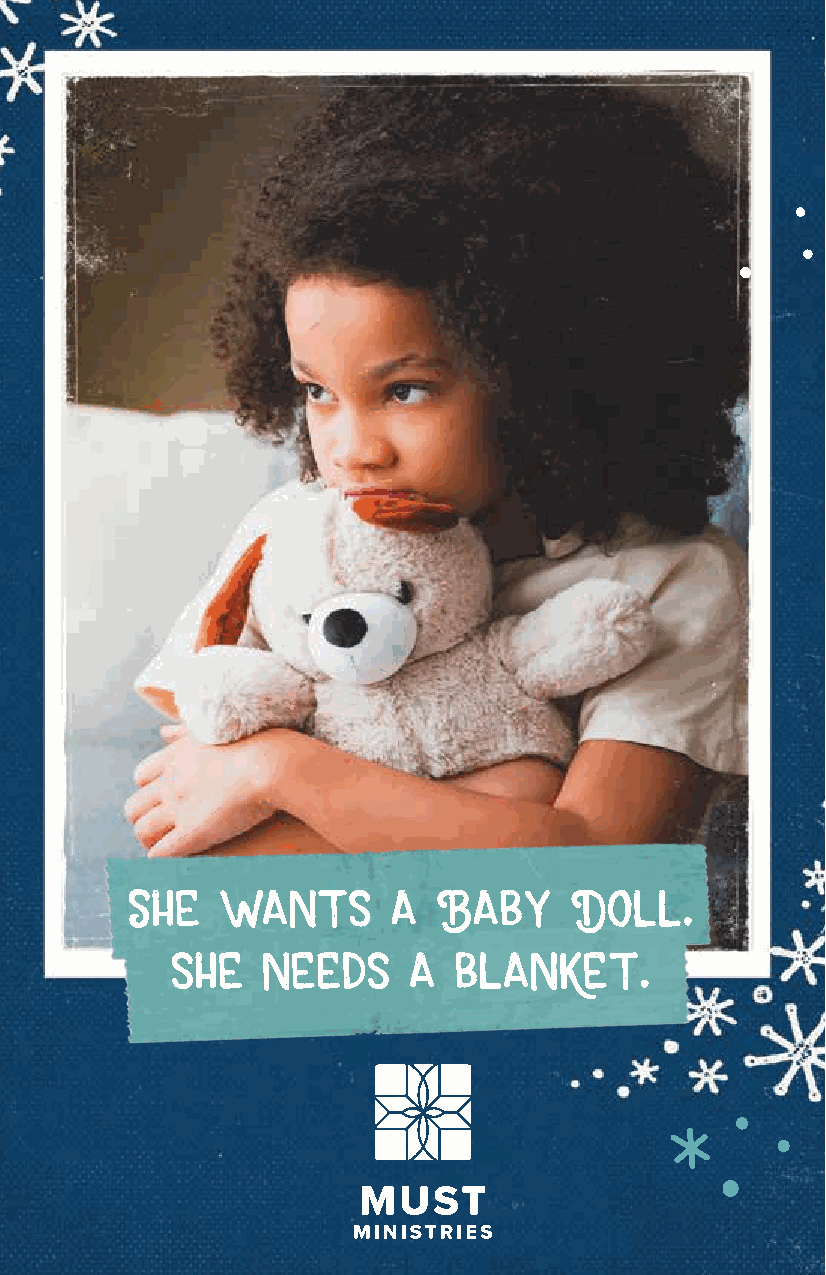
ways to help all year
 FOOD
 Please consider gifts of food for those in our
 community who need many of the basics we take
 for granted. Items brought to our MUST Donation
 Center sponsored by Northside Hospital are
 delivered to our three locations in Marietta, Smyrna
 and Canton and 38+ MUST Neighborhood Pantries
 in schools. You    have       so    much.
 FOOD/TOILETRIES NEEDED MOST:
 Peanut butter Canned meat Feminine hygiene
 products
 Canned Jelly
 vegetables Laundry detergent
 Chunky Soup
 Mac + Cheese Shampoo
 Toilet paper
 Beef stew/chili
 with your Help,
 M u S t
 CHEROKEE CLIENT SERVICES
 111 Brown Industrial Parkway, Canton, GA 30114 | 770.479.5397
 MARIETTA CLIENT SERVICES & ADMINISTRATION
 1407 Cobb Parkway N., Marietta, GA 30062
 770.427.9862 (Main Number)
 will give her She wants   a  Baby     Doll.
 SMYRNA CLIENT SERVICES
 b o t h 460 Pat Mell Road, Smyrna, GA 30080 | 770.436.9514
 she   needs     a  blanket.
 ELIZABETH INN CAMPUS
 55 Elizabeth Church Road, Marietta, GA 30060 | 678.218.4533
 DONATION CENTER | SPONSORED BY NORTHSIDE HOSPITAL
 1280 Field Parkway, Marietta, GA 30066 | 678.581.8090
 QUESTIONS? PLEASE CONTACT:
 Corporate: Churches:
 Don Crampton | 678-218-4480 Ron Sumpter | 770-790-3877
 dcrampton@mustministries.org rsumpter@mustministries.org
 www.mustministries.org